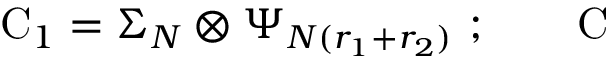
\mathrm { C } _ { 1 } = \Sigma _ { N } \otimes \Psi _ { N ( r _ { 1 } + r _ { 2 } ) } \ ; \qquad \mathrm { C }